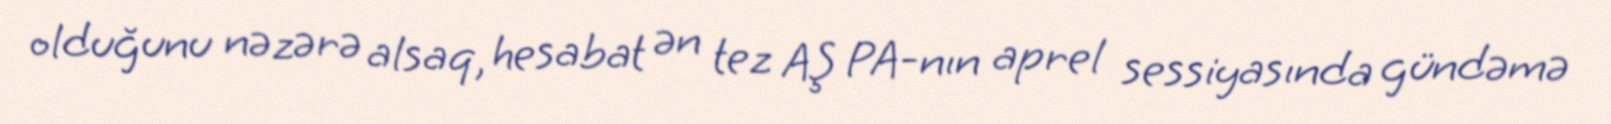
olduğunu nəzərə alsaq, hesabat ən tez AŞ PA-nın aprel sessiyasında gündəmə